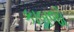
કાબજો